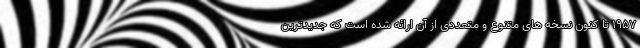
1957 تا کنون نسخه های متنوع و متعددی از آن ارائه شده است که جدیدترین